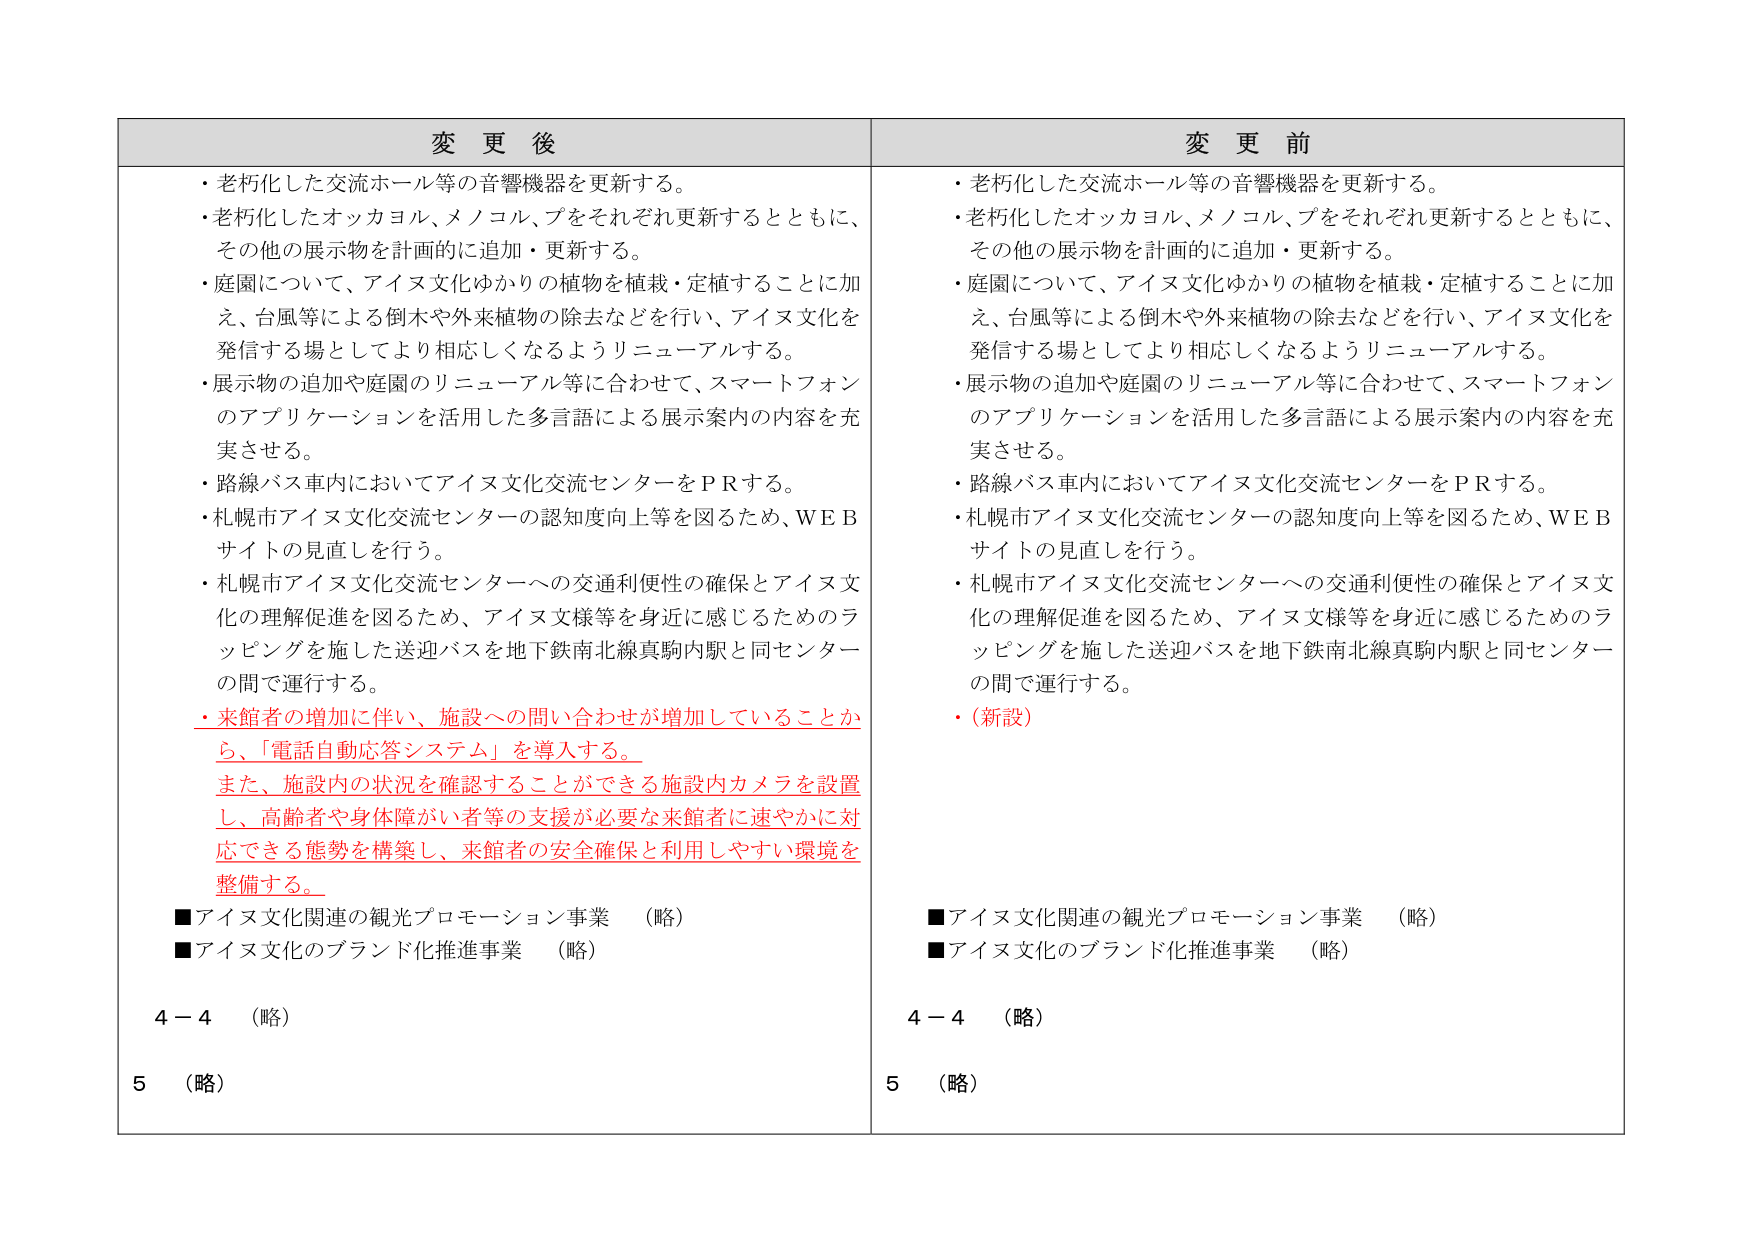
変 更 後
・老朽化した交流ホール等の音響機器を更新する。
・老朽化したオッカヨル、メノコル、プをそれぞれ更新するとともに、
その他の展示物を計画的に追加・更新する。
・庭園について、アイヌ文化ゆかりの植物を植栽・定植することに加
え、台風等による倒木や外来植物の除去などを行い、アイヌ文化を
発信する場としてより相応しくなるようリニューアルする。
・展示物の追加や庭園のリニューアル等に合わせて、スマートフォン
のアプリケーションを活用した多言語による展示案内の内容を充
実させる。
・路線バス車内においてアイヌ文化交流センターをＰＲする。
・札幌市アイヌ文化交流センターの認知度向上等を図るため、ＷＥＢ
サイトの見直しを行う。
・札幌市アイヌ文化交流センターへの交通利便性の確保とアイヌ文
化の理解促進を図るため、アイヌ文様等を身近に感じるためのラ
ッピングを施した送迎バスを地下鉄南北線真駒内駅と同センター
の間で運行する。
・来館者の増加に伴い、施設への問い合わせが増加していることか
ら、「電話自動応答システム」を導入する。
また、施設内の状況を確認することができる施設内カメラを設置
し、高齢者や身体障がい者等の支援が必要な来館者に速やかに対
応できる態勢を構築し、来館者の安全確保と利用しやすい環境を
整備する。
■アイヌ文化関連の観光プロモーション事業　（略）
■アイヌ文化のブランド化推進事業　（略）
４－４　（略）
５　（略）

変 更 前
・老朽化した交流ホール等の音響機器を更新する。
・老朽化したオッカヨル、メノコル、プをそれぞれ更新するとともに、
その他の展示物を計画的に追加・更新する。
・庭園について、アイヌ文化ゆかりの植物を植栽・定植することに加
え、台風等による倒木や外来植物の除去などを行い、アイヌ文化を
発信する場としてより相応しくなるようリニューアルする。
・展示物の追加や庭園のリニューアル等に合わせて、スマートフォン
のアプリケーションを活用した多言語による展示案内の内容を充
実させる。
・路線バス車内においてアイヌ文化交流センターをＰＲする。
・札幌市アイヌ文化交流センターの認知度向上等を図るため、ＷＥＢ
サイトの見直しを行う。
・札幌市アイヌ文化交流センターへの交通利便性の確保とアイヌ文
化の理解促進を図るため、アイヌ文様等を身近に感じるためのラ
ッピングを施した送迎バスを地下鉄南北線真駒内駅と同センター
の間で運行する。
・（新設）
■アイヌ文化関連の観光プロモーション事業　（略）
■アイヌ文化のブランド化推進事業　（略）
４－４　（略）
５　（略）